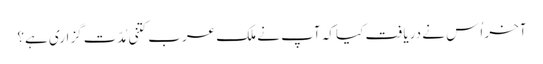
آخر اُس نے دریافت کیا کہ آپ نے ملک عرب کتنی مُدّت گزاری ہے؟